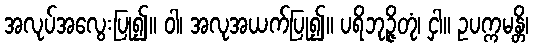
အလုပ်အလွေးပြု၍။ ဝါ၊ အလုအယက်ပြု၍။ ပရိဘုဉ္ဇိတုံ၊ ငှါ။ ဥပက္ကမန္တိ၊